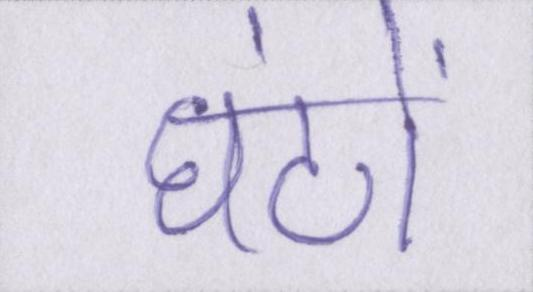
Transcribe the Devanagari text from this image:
घंटों